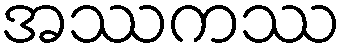
အဿကဿ